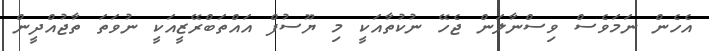
އެހެން ނަމަވެސް ވިސްނާލަން ޖެހޭ ނުކުތާއަކީ މި ޔޫސުފް އައްތަބްރޭޒީއަކީ ނުވަތަ ތާޖުއްދީން